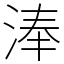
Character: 淎